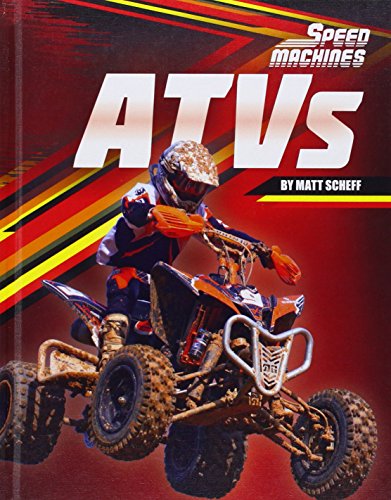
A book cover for Atvs (Speed Machines); Matt Scheff; Children's Books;